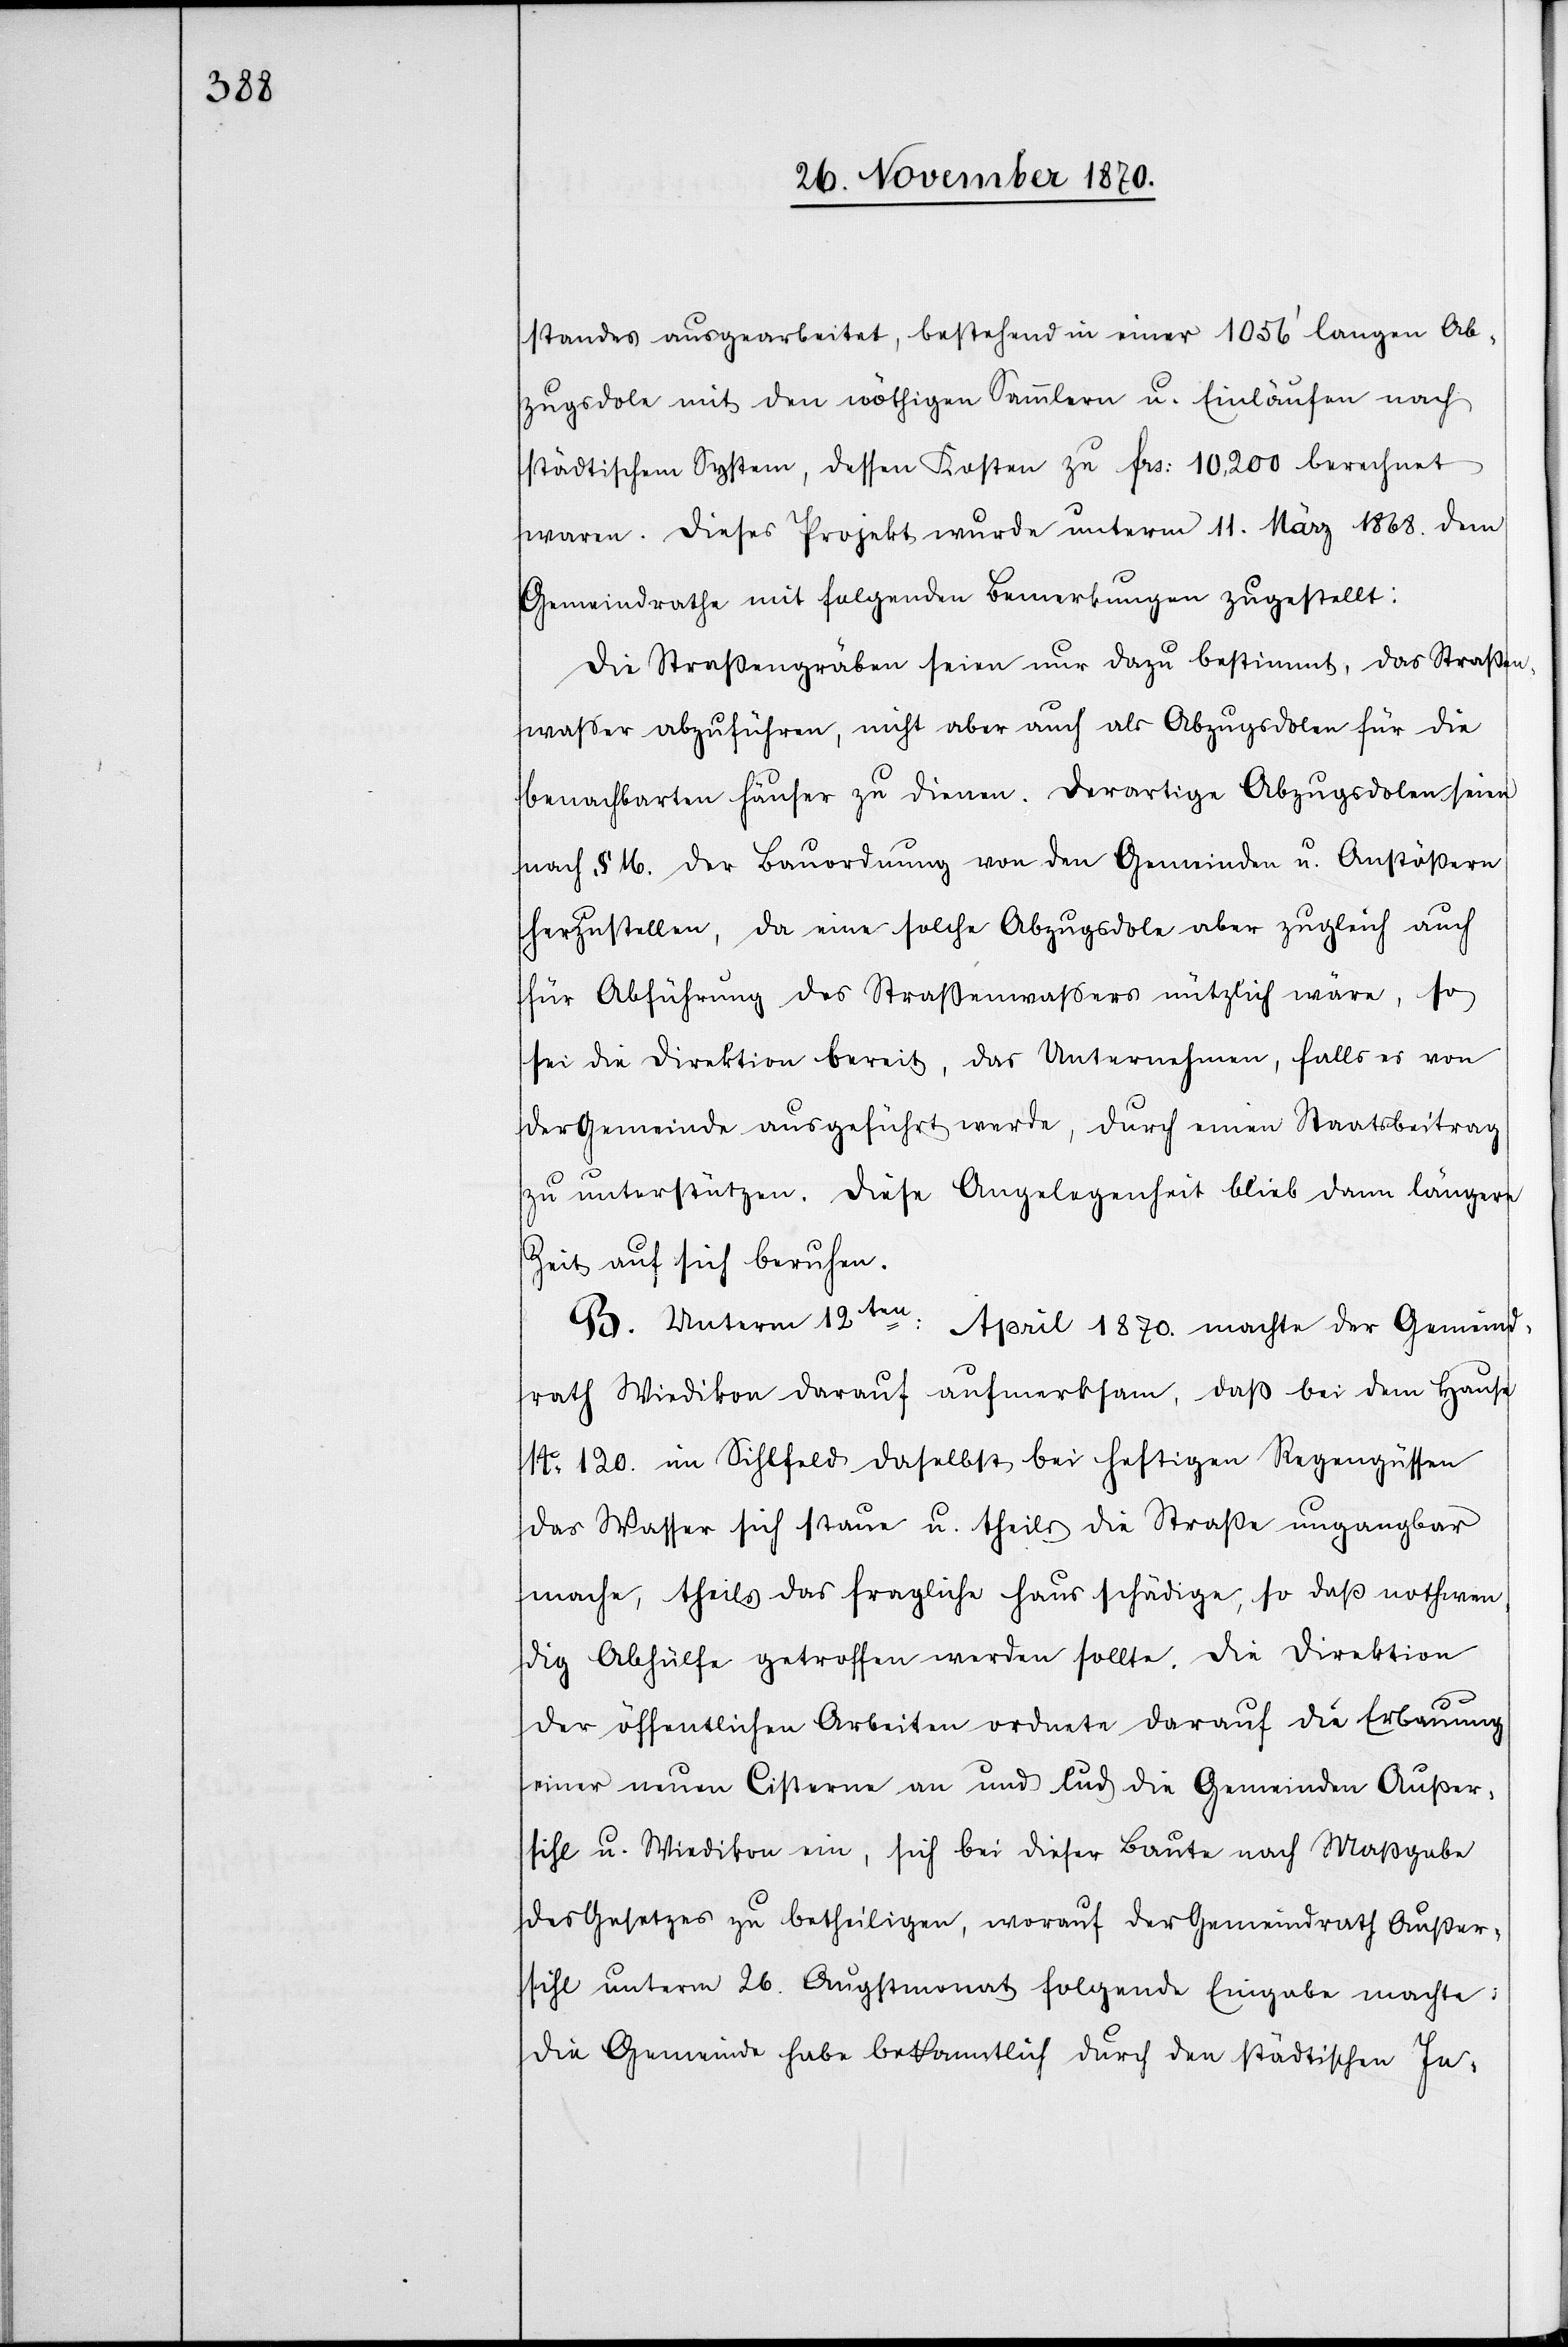
standes ausgearbeitet, bestehend in einer 1056’ langen Ab¬
zugsdole mit den nöthigen Sammlern u. Einläufen nach
städtischem System, dessen Kosten zu Frs: 10,200 berechnet
waren. Dieses Projekt wurde unterm 11. März 1868. dem
Gemeindrathe mit folgenden Bemerkungen zugestellt:
Die Straßengräben seien nur dazu bestimmt, das Straßen¬
waßer abzuführen, nicht aber auch als Abzugsdolen für die
benachbarten Häuser zu dienen. Derartige Abzugsdolen sind
nach § 16. der Bauordnung von den Gemeinden u. Anstößern
herzustellen, da eine solche Abzugsdole aber zugleich auch
für Abführung des Straßenwaßers nützlich wäre, so
sei die Direktion bereit, das Unternehmen, falls es von
der Gemeinde ausgeführt werde, durch einen Staatsbeitrag
zu unterstützen. Diese Angelegenheit blieb dann längere
Zeit auf sich beruhen.
B. Unterm 12ten April 1870. machte der Gemeind¬
rath Wiedikon darauf aufmerksam, daß bei dem Hause
No. 120. im Sihlfeld daselbst bei heftigen Regengüssen
das Wasser sich staue u. theils die Straße ungangbar
mache, theils das fragliche Haus schädige, so daß nothwen¬
dig Abhülfe getroffen werden sollte. Die Direktion
der öffentlichen Arbeiten ordnete darauf die Erbauung
einer neuen Cisterne an und lud die Gemeinden Außer¬
sihl u. Wiedikon ein, sich bei dieser Baute nach Maßgabe
des Gesetzes zu betheiligen, worauf der Gemeindrath Außer¬
sihl unterm 26. Augstmonat folgende Eingabe machte:
die Gemeinde habe bekanntlich durch den städtischen In-